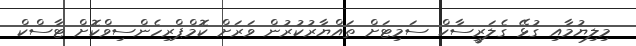
މިލިޔުމާއި ގުޅޭ ގެލަރީސާކް ސަމިޓަށް ތައްޔާރުކުރުން ވަރަށް ކޮމްޕްރިހެންސިވްކޮށް ޓާސްކް